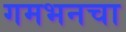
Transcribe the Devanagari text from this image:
गमभनचा